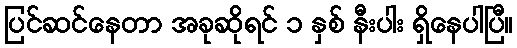
ပြင်ဆင်နေတာ အခုဆိုရင် ၁ နှစ် နီးပါး ရှိနေပါပြီ။